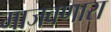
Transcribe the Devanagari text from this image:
माजवणारा